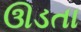
ઊડતા